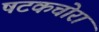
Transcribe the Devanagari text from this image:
षटकचोरा